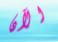
الآن